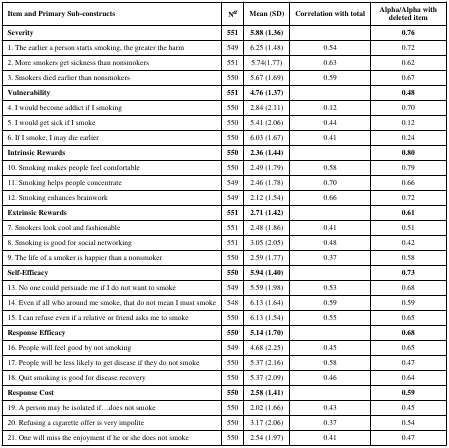
<table><thead><tr><td><b>Item and Primary Sub-constructs</b></td><td><b>Na</b></td><td><b>Mean (SD)</b></td><td><b>Correlation with total</b></td><td><b>Alpha/Alpha with deleted item</b></td></tr></thead><tbody><tr><td><b>Severity</b></td><td><b>551</b></td><td><b>5.88 (1.36)</b></td><td></td><td><b>0.76</b></td></tr><tr><td>1. The earlier a person starts smoking, the greater the harm</td><td>549</td><td>6.25 (1.48)</td><td>0.54</td><td>0.72</td></tr><tr><td>2. More smokers get sickness than nonsmokers</td><td>551</td><td>5.74(1.77)</td><td>0.63</td><td>0.62</td></tr><tr><td>3. Smokers died earlier than nonsmokers</td><td>550</td><td>5.67 (1.69)</td><td>0.59</td><td>0.67</td></tr><tr><td><b>Vulnerability</b></td><td><b>551</b></td><td><b>4.76 (1.37)</b></td><td></td><td><b>0.48</b></td></tr><tr><td>4. I would become addict if I smoking</td><td>550</td><td>2.84 (2.11)</td><td>0.12</td><td>0.70</td></tr><tr><td>5. I would get sick if I smoke</td><td>550</td><td>5.41 (2.06)</td><td>0.44</td><td>0.12</td></tr><tr><td>6. If I smoke, I may die earlier</td><td>550</td><td>6.03 (1.67)</td><td>0.41</td><td>0.24</td></tr><tr><td><b>Intrinsic Rewards</b></td><td><b>550</b></td><td><b>2.36 (1.44)</b></td><td></td><td><b>0.80</b></td></tr><tr><td>10. Smoking makes people feel comfortable</td><td>550</td><td>2.49 (1.79)</td><td>0.58</td><td>0.79</td></tr><tr><td>11. Smoking helps people concentrate</td><td>549</td><td>2.46 (1.78)</td><td>0.70</td><td>0.66</td></tr><tr><td>12. Smoking enhances brainwork</td><td>549</td><td>2.12 (1.54)</td><td>0.66</td><td>0.72</td></tr><tr><td><b>Extrinsic Rewards</b></td><td><b>551</b></td><td><b>2.71 (1.42)</b></td><td></td><td><b>0.61</b></td></tr><tr><td>7. Smokers look cool and fashionable</td><td>551</td><td>2.48 (1.86)</td><td>0.41</td><td>0.51</td></tr><tr><td>8. Smoking is good for social networking</td><td>551</td><td>3.05 (2.05)</td><td>0.48</td><td>0.42</td></tr><tr><td>9. The life of a smoker is happier than a nonsmoker</td><td>550</td><td>2.59 (1.77)</td><td>0.37</td><td>0.58</td></tr><tr><td><b>Self-Efficacy</b></td><td><b>550</b></td><td><b>5.94 (1.40)</b></td><td></td><td><b>0.73</b></td></tr><tr><td>13. No one could persuade me if I do not want to smoke</td><td>549</td><td>5.59 (1.98)</td><td>0.53</td><td>0.68</td></tr><tr><td>14. Even if all who around me smoke, that do not mean I must smoke</td><td>548</td><td>6.13 (1.64)</td><td>0.59</td><td>0.59</td></tr><tr><td>15. I can refuse even if a relative or friend asks me to smoke</td><td>550</td><td>6.13 (1.54)</td><td>0.55</td><td>0.65</td></tr><tr><td><b>Response Efficacy</b></td><td><b>550</b></td><td><b>5.14 (1.70)</b></td><td></td><td><b>0.68</b></td></tr><tr><td>16. People will feel good by not smoking</td><td>549</td><td>4.68 (2.25)</td><td>0.45</td><td>0.65</td></tr><tr><td>17. People will be less likely to get disease if they do not smoke</td><td>550</td><td>5.37 (2.16)</td><td>0.58</td><td>0.47</td></tr><tr><td>18. Quit smoking is good for disease recovery</td><td>550</td><td>5.37 (2.09)</td><td>0.46</td><td>0.64</td></tr><tr><td><b>Response Cost</b></td><td><b>550</b></td><td><b>2.58 (1.41)</b></td><td></td><td><b>0.59</b></td></tr><tr><td>19. A person may be isolated if...does not smoke</td><td>550</td><td>2.02 (1.66)</td><td>0.43</td><td>0.45</td></tr><tr><td>20. Refusing a cigarette offer is very impolite</td><td>550</td><td>3.17 (2.06)</td><td>0.37</td><td>0.54</td></tr><tr><td>21. One will miss the enjoyment if he or she does not smoke</td><td>550</td><td>2.54 (1.97)</td><td>0.41</td><td>0.47</td></tr></tbody></table>